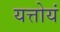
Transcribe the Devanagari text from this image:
यत्तोयं